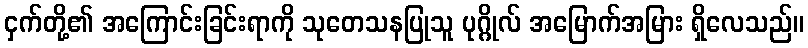
ငှက်တို့၏ အကြောင်းခြင်းရာကို သုတေသနပြုသူ ပုဂ္ဂိုလ် အမြောက်အမြား ရှိလေသည်။